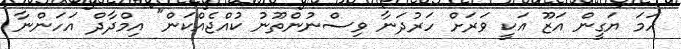
ހަމަ ޔަގީން އަޒޫ އަކީ ވަރަށް ހަރުދަނާ ވިސްނުންތޫނު ކުއްޖެއްކަން" އިމްދާދް އަހަންނާ